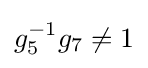
g_{5}^{-1}g_{7}\neq 1